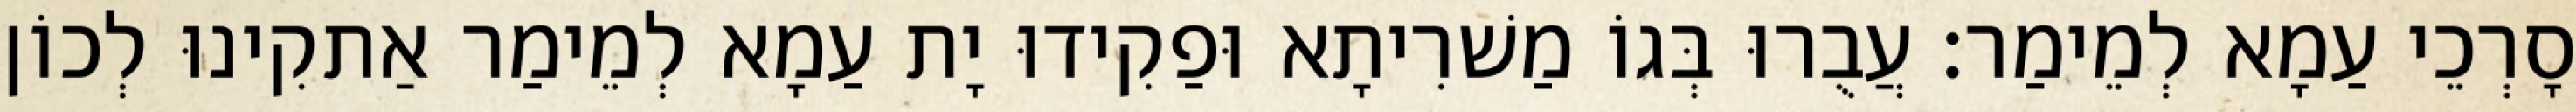
סָרְכֵי עַמָא לְמֵימַר׃ עֲבֻרוּ בְּגוֹ מַשׁרִיתָא וּפַקִידוּ יָת עַמָא לְמֵימַר אַתקִינוּ לְכוֹן